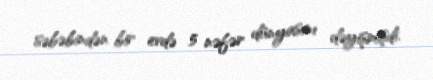
səbəbindən bir evdə 5 nəfər dünyasını dəyişmişdi.